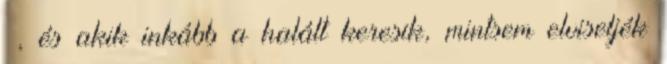
–, és akik inkább a halált keresik, mintsem elviseljék